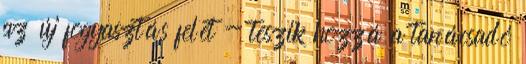
az új fogyasztás felét - teszik hozzá a tanácsadó